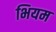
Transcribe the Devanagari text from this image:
भियम